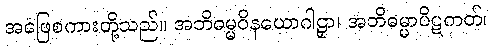
အဖြေစကားတို့သည်။ အဘိဓမ္မဝိနယောဂါဠှာ၊ အဘိဓမ္မာပိဋကတ်၊